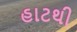
હાટથી